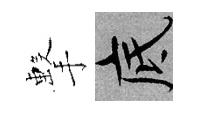
擊底